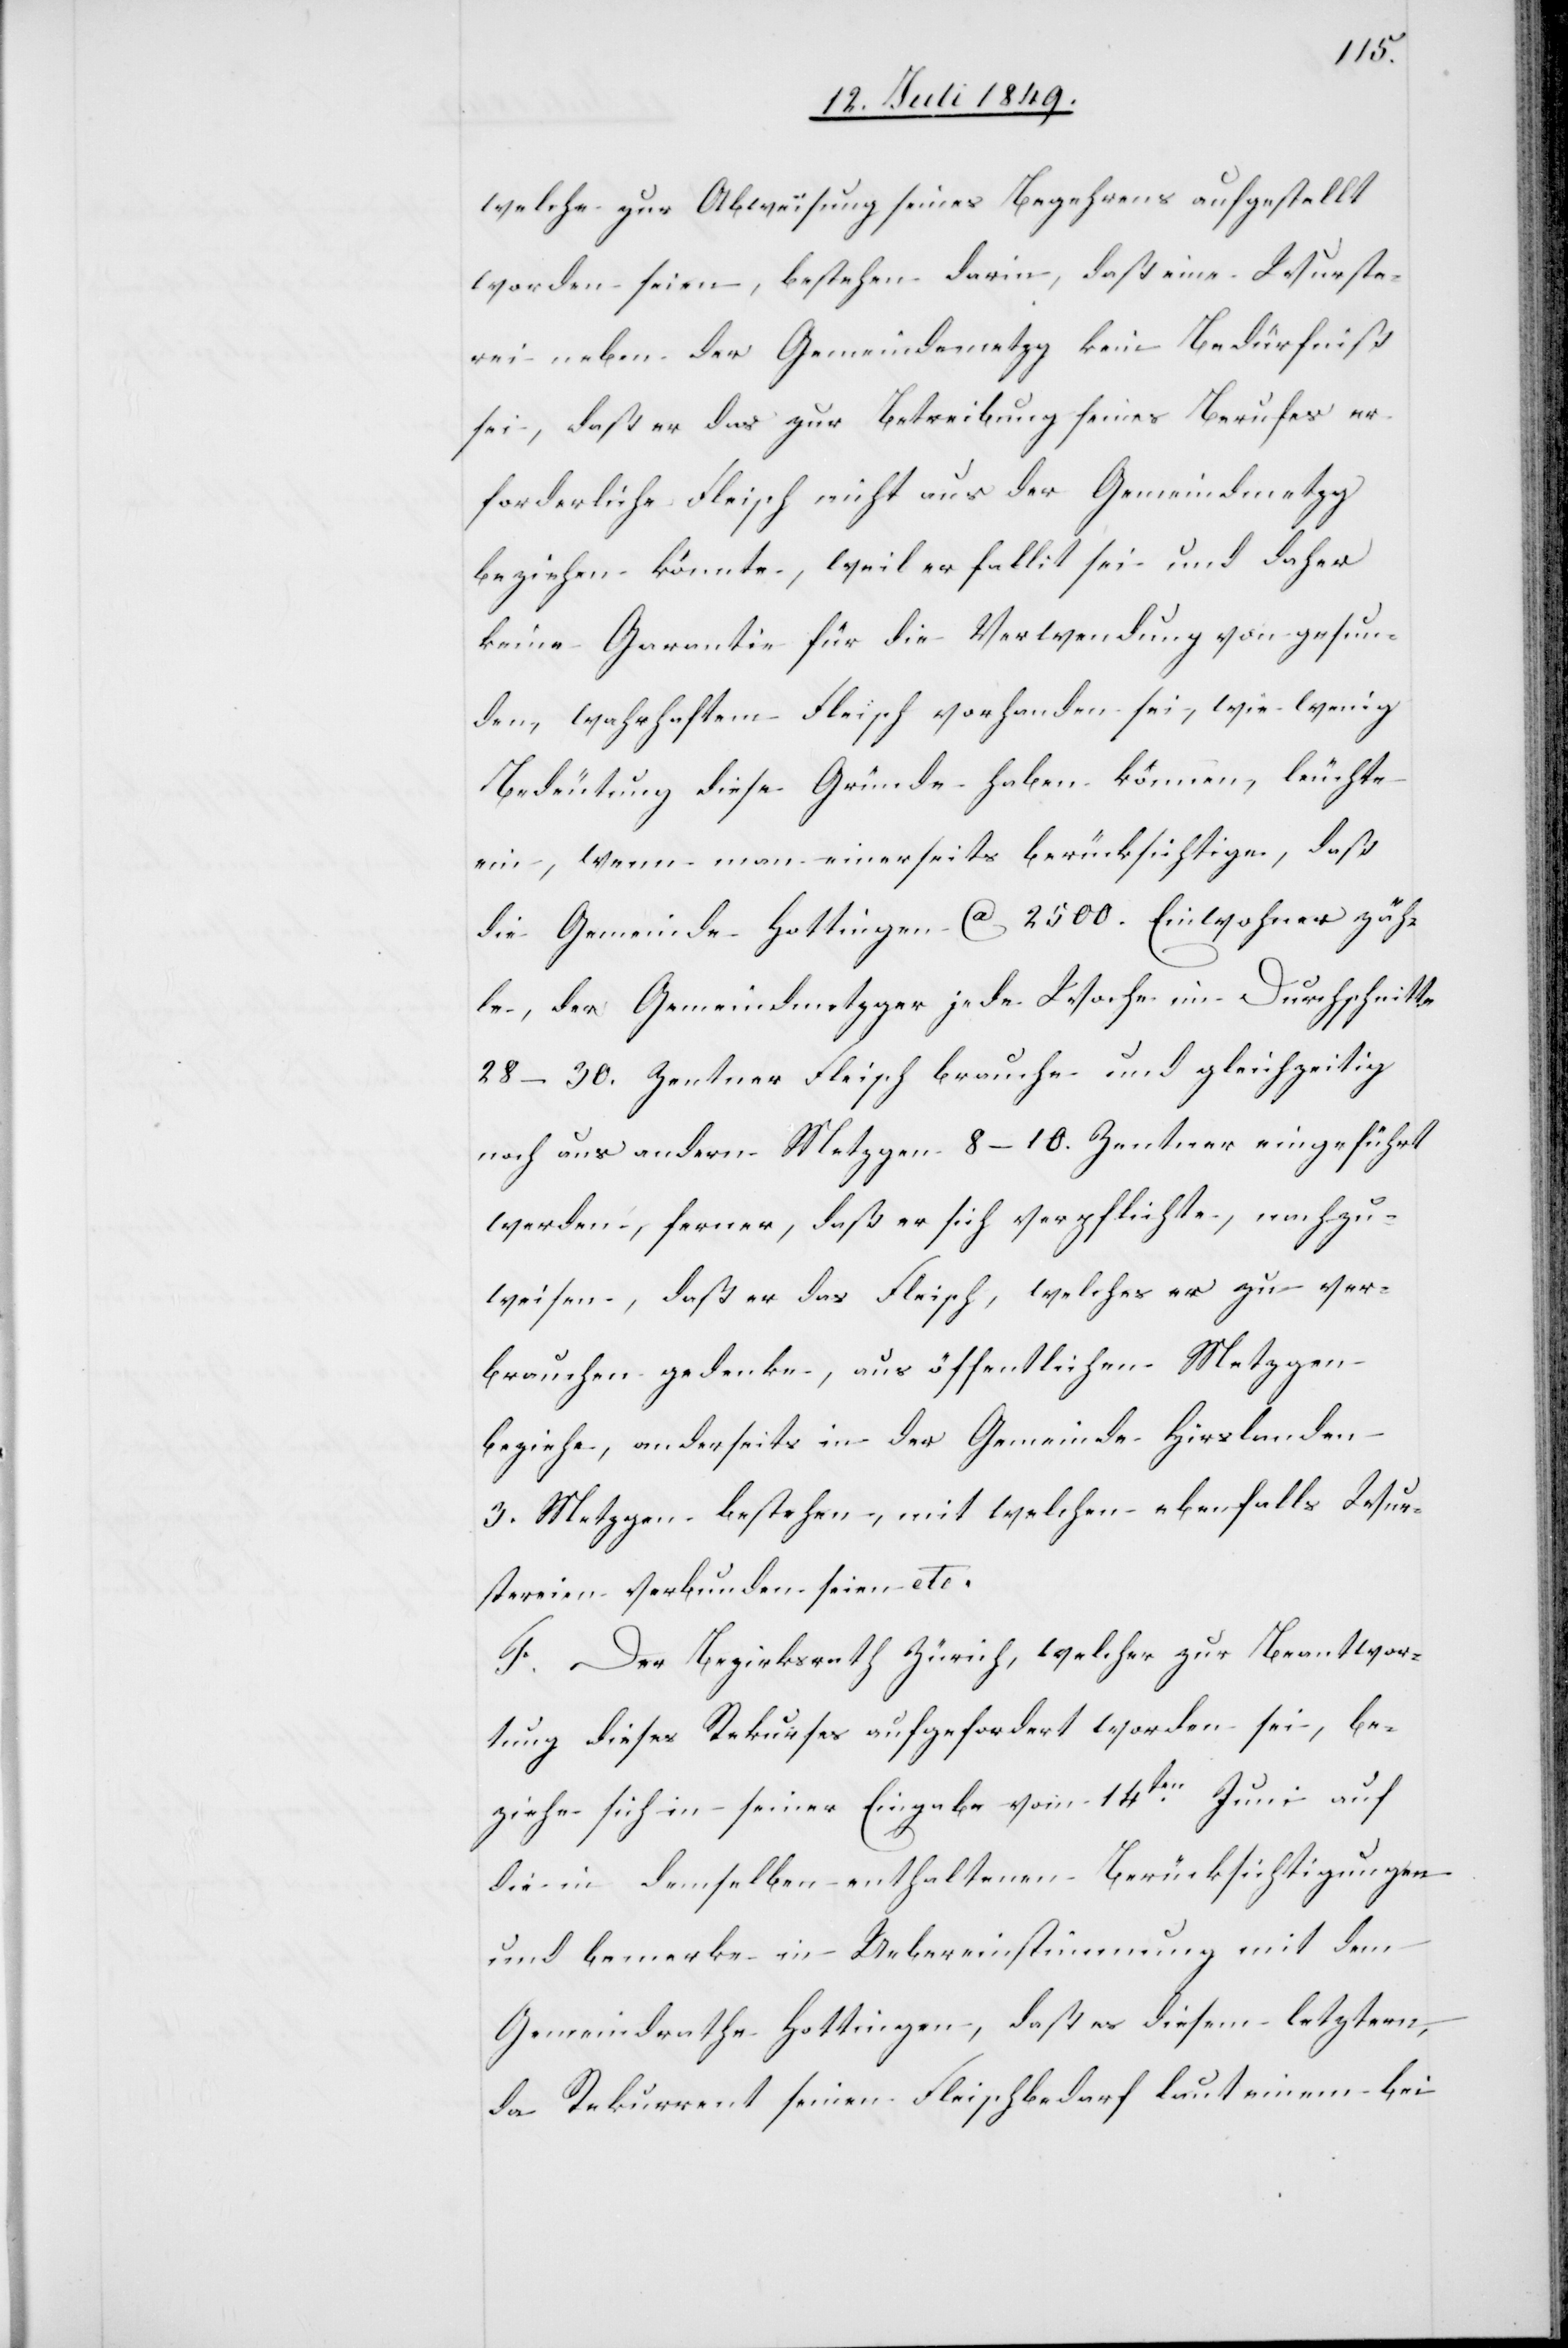
welche zur Abweisung seines Begehrens aufgestellt
worden seien, bestehen darin, daß eine Wurste¬
rei neben der Gemeindemetzg kein Bedürfniß
sei, daß er das zur Betreibung seines Berufes er¬
forderliche Fleisch nicht aus der Gemeindmetzg
beziehen könnte, weil er fallit sei und daher
keine Garantie für die Verwendung von gesun¬
den, wahrhaften Fleisch vorhanden sei, wie wenig
Bedeutung diese Gründe haben können, leuchte
ein, wenn man einerseits berücksichtige, daß
die Gemeinde Hottingen ca 2500. Einwohner zäh¬
le, der Gemeindmetzger jede Woche im Durchschnitte
28–30. Zentner Fleisch brauche und gleichzeitig
noch aus andern Metzgen 8–10. Zentner eingeführt
werden, ferner, daß er sich verpflichte, nachzu¬
weisen, daß er das Fleisch, welches er zu ver¬
brauchen gedenke, aus öffentlichen Metzgen
beziehe, anderseits in der Gemeinde Hirslanden
3. Metzgen bestehen, mit welchen ebenfalls Wur¬
stereien verbunden seien etc.
F. Der Bezirksrath Zürich, welcher zur Beantwor¬
tung dieses Rekurses aufgefordert worden sei, be¬
ziehe sich in seiner Eingabe vom 14ten Juni auf
die in demselben enthaltenen Berücksichtigungen
und bemerke in Uebereinstimmung mit dem
Gemeindrathe Hottingen, daß es diesem letztern,
da Rekurrent seinen Fleischbedarf laut einem bei